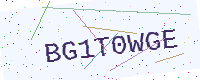
Text: BG1T0WGE